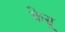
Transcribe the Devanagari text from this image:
केसू